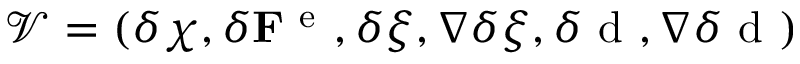
\mathcal { V } = ( \delta \boldsymbol { \chi } , \delta { \bf F } ^ { \mathrm { ~ e ~ } } , \delta \xi , \nabla \delta \xi , \delta \mathrm { ~ d ~ } , \nabla \delta \mathrm { ~ d ~ } )